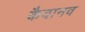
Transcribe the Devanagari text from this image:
कैवानव